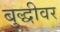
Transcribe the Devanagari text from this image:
बुद्धीवर